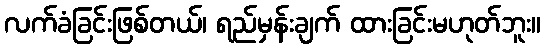
လက်ခံခြင်းဖြစ်တယ်၊ ရည်မှန်းချက် ထားခြင်းမဟုတ်ဘူး။